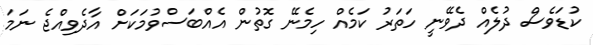
ކުޑަވެސް ދުލެއް ދެވޭނީ ހަތަރު ކަމެއް ހިމެނޭ ގޮތުން އެއްބަސްވުމަކަށް އާދެވިއްޖެ ނަމަ